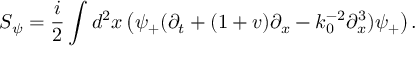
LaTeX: S _ { \psi } = \frac { i } { 2 } \int d ^ { 2 } x \left( \psi _ { + } ( \partial _ { t } + ( 1 + v ) \partial _ { x } - k _ { 0 } ^ { - 2 } \partial _ { x } ^ { 3 } ) \psi _ { + } \right) .